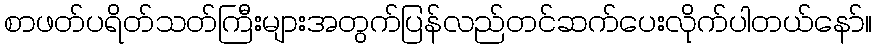
စာဖတ်ပရိတ်သတ်ကြီးများအတွက်ပြန်လည်တင်ဆက်ပေးလိုက်ပါတယ်နော်။